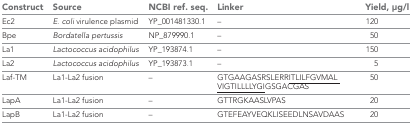
<table><thead><tr><td><b>Construct</b></td><td><b>Source</b></td><td><b>NCBI ref. seq.</b></td><td><b>Linker</b></td><td><b>Yield, μg/l</b></td></tr></thead><tbody><tr><td>Ec2</td><td><i>E. coli</i> virulence plasmid</td><td>YP_001481330.1</td><td>–</td><td>120</td></tr><tr><td>Bpe</td><td><i>Bordatella pertussis</i></td><td>NP_879990.1</td><td>–</td><td>50</td></tr><tr><td>La1</td><td><i>Lactococcus acidophilus</i></td><td>YP_193874.1</td><td>–</td><td>150</td></tr><tr><td>La2</td><td><i>Lactococcus acidophilus</i></td><td>YP_193873.1</td><td>–</td><td>5</td></tr><tr><td>Laf-TM</td><td>La1-La2 fusion</td><td>–</td><td>GTGAAGASRSLERR<underline>ITLILFGVMAL VIGTILLLLYGI</underline>GSGACGAS</td><td>50</td></tr><tr><td>LapA</td><td>La1-La2 fusion</td><td>–</td><td>GTTRGKAASLVPAS</td><td>20</td></tr><tr><td>LapB</td><td>La1-La2 fusion</td><td>–</td><td>GTEFEAYVEQKLISEEDLNSAVDAAS</td><td>20</td></tr></tbody></table>